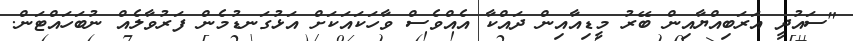
"ސައުދީ އަރަބިއްޔާއިން ބޭރު މީޑިއާއިން ދައްކާ އެއްވެސް ވާހަކައަކަށް އަޅުގަނޑުމެން ފަރުވާލެއް ނުބަހައްޓަން.